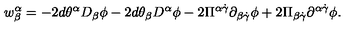
{ w } _ { \beta } ^ { \alpha } = - 2 d \theta ^ { \alpha } D _ { \beta } \phi - 2 d \theta _ { \beta } D ^ { \alpha } \phi - 2 \Pi ^ { \alpha \dot { \gamma } } \partial _ { \beta \dot { \gamma } } \phi + 2 \Pi _ { \beta \dot { \gamma } } \partial ^ { \alpha \dot { \gamma } } \phi .